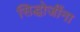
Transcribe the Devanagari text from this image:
सिद्धोजींना